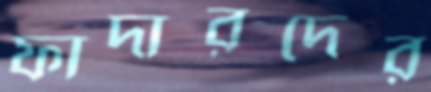
ফাদারদের